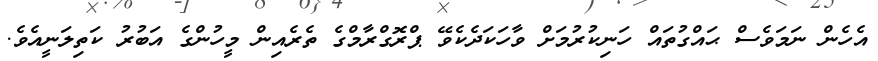
އެހެން ނަމަވެސް ޙައްގުތައް ހަނިކުރުމަށް ވާހަކަދެކެވޭ ޕްރޮގްރާމްގެ ތެރެއިން މީހުންގެ އަބުރު ކަތިލަނީއެވެ.